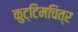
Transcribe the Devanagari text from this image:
कुट्टिमचित्र